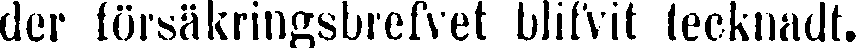
der försäkringsbrefvet blifvit tecknadt.